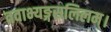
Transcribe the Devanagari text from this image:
तवाभ्यङ्गसलिलम्।